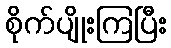
စိုက်ပျိုးကြပြီး